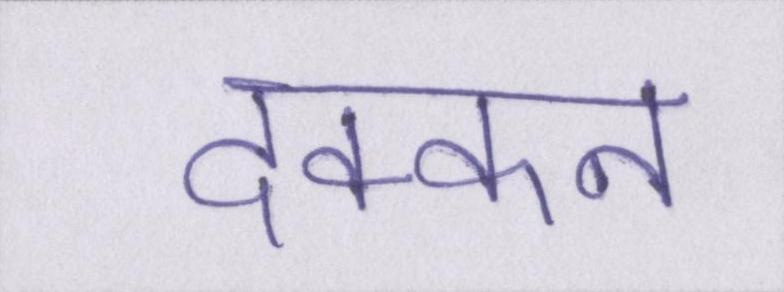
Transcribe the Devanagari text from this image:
दक्कन